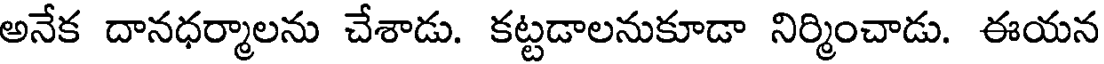
అనేక దానధర్మాలను చేశాడు. కట్టడాలనుకూడా నిర్మించాడు. ఈయన